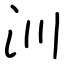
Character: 汌